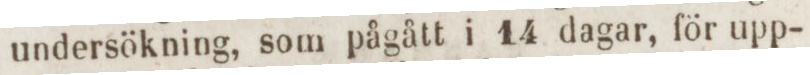
undersökning, som pågått i 14 dagar, för upp-